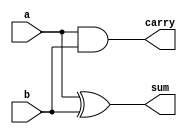
// ==============================================================
// 
// Half Adder
// 
// ==============================================================

module halfadder(
  input a,
  input b,
  output sum,
  output carry
);

  assign sum = a ^ b;
  assign carry = a & b;

endmodule